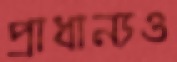
প্রাধান্যও